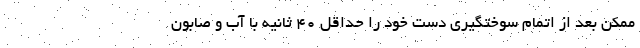
ممکن بعد از اتمام سوختگیری دست خود را حداقل ۴۰ ثانیه با آب و صابون